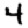
Digit: 4